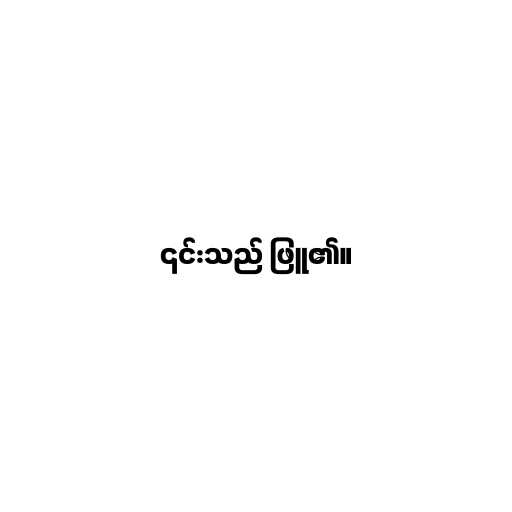
၎င်းသည် ဖြူ၏။